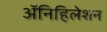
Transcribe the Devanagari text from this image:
ॲनिहिलेशन